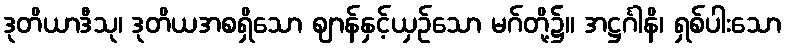
ဒုတိယာဒီသု၊ ဒုတိယအစရှိသော ဈာန်နှင့်ယှဉ်သော မဂ်တို့၌။ အဋ္ဌင်္ဂါနိ၊ ရှစ်ပါးသော